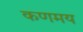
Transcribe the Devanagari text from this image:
कणमय